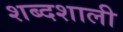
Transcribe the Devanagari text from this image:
शब्दशाली